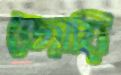
জোয়ি